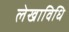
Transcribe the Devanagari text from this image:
लेखाविधि